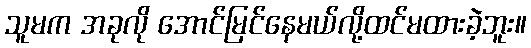
သူမက အခုလို အောင်မြင်နေမယ်လို့ထင်မထားခဲ့ဘူး။